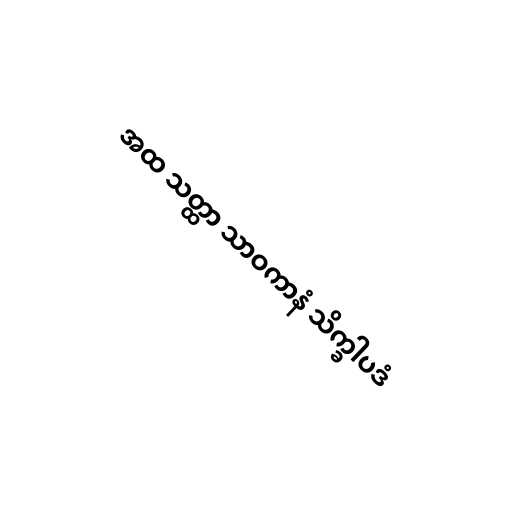
အထ သတ္ထာ သာဝကာနံ သိက္ခါပဒံ